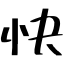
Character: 快